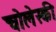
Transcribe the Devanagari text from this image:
चोलेस्की